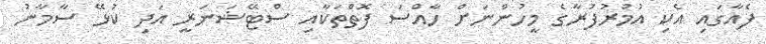
ފެއާގައި އެކި އުމުރުފުރާގެ މީހުންނަށް ހާއްސަ ފޮތްތަކާއި ސްޓޭޝަނަރީ އަދި ކުޅޭ ސާމާނު